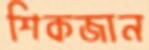
শিকজান